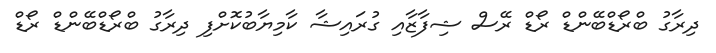
ދިރާގު ބްރޯޑްބޭންޑް ރޯޑް ރޭސް ޝިފާޒާއި ގުރައިޝާ ކާމިޔާބުކޮށްފި ދިރާގު ބްރޯޑްބޭންޑް ރޯޑް